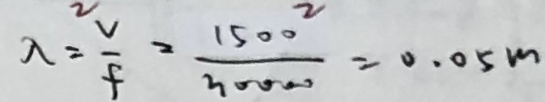
\lambda = \frac { v } { f } = \frac { 1 5 0 0 } { 3 0 0 0 0 } = 0 . 0 5 m